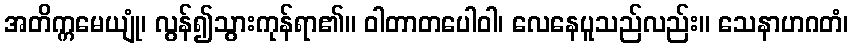
အတိက္ကမေယျုံ၊ လွန်၍သွားကုန်ရာ၏။ ဝါတာတပေါဝါ၊ လေနေပူသည်လည်း။ သေနာဟဂတံ၊